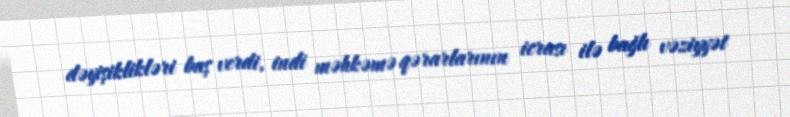
dəyişiklikləri baş verdi, indi məhkəmə qərarlarının icrası ilə bağlı vəziyyət